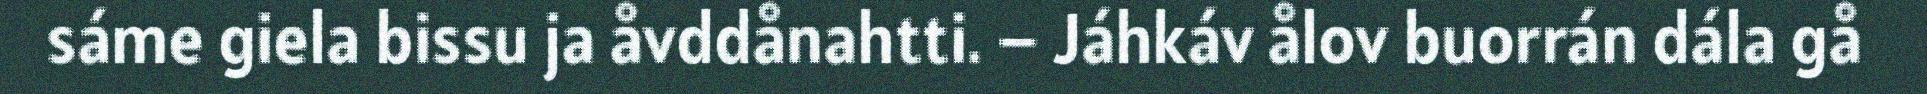
sáme giela bissu ja åvddånahtti. – Jáhkáv ålov buorrán dála gå